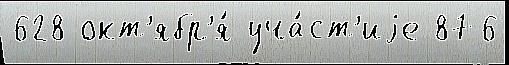
628 окт'ябр'я́ уча́ст'иjе 876